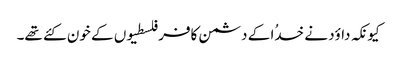
کیونکہ داؤد نے خدُا کے دشمن کافر فلسطیوں کے خون کئے تھے۔